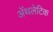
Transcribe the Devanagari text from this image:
अॅथलेटिक